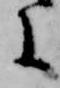
に